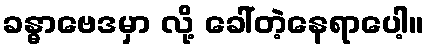
ခန္ဓာဗေဒမှာ လို့ ခေါ်တဲ့နေရာပေါ့။